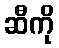
ဆီကို